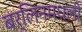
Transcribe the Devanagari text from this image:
बर्लिनमधली